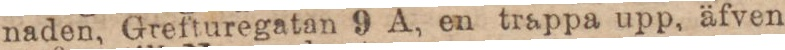
naden, Grefturegatan 9 A, en trappa upp, äfven